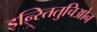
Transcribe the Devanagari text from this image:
इन्स्तितुचिओन